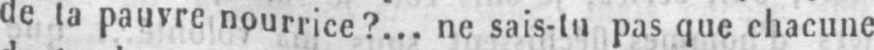
de ta pauvre nourrice?... ne sais-tu pas que chacune